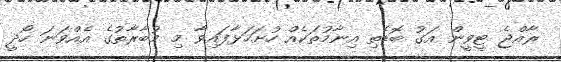
ރާއްޖެ ޓީވީން އަގު ބޮޑެތި އިނާމުތަކެއް ހުށަހަޅާފައިވާ މި މުބާރާތުގެ އެއްވަނަ ހޯދީ